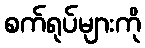
စက်ရုပ်များကို